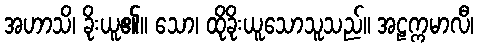
အဟာသိ၊ ခိုးယူ၏။ သော၊ ထိုခိုးယူသောသူသည်။ အဠက္ကမာလီ၊